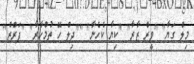
މިލް ގަޔާ" "ވީރް ޒާރާ" "ކިޔާ ކެހެނާ" ""ދިލް ހޭ ތުމްހާރާ" "ފަރްޒް"